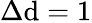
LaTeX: \Delta\mathrm{d}=1